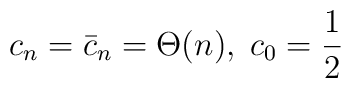
c_n =\bar{c}_n=\Theta (n),\; c_0 ={1\over 2}